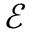
\mathscr { E }